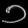
Digit: ၁